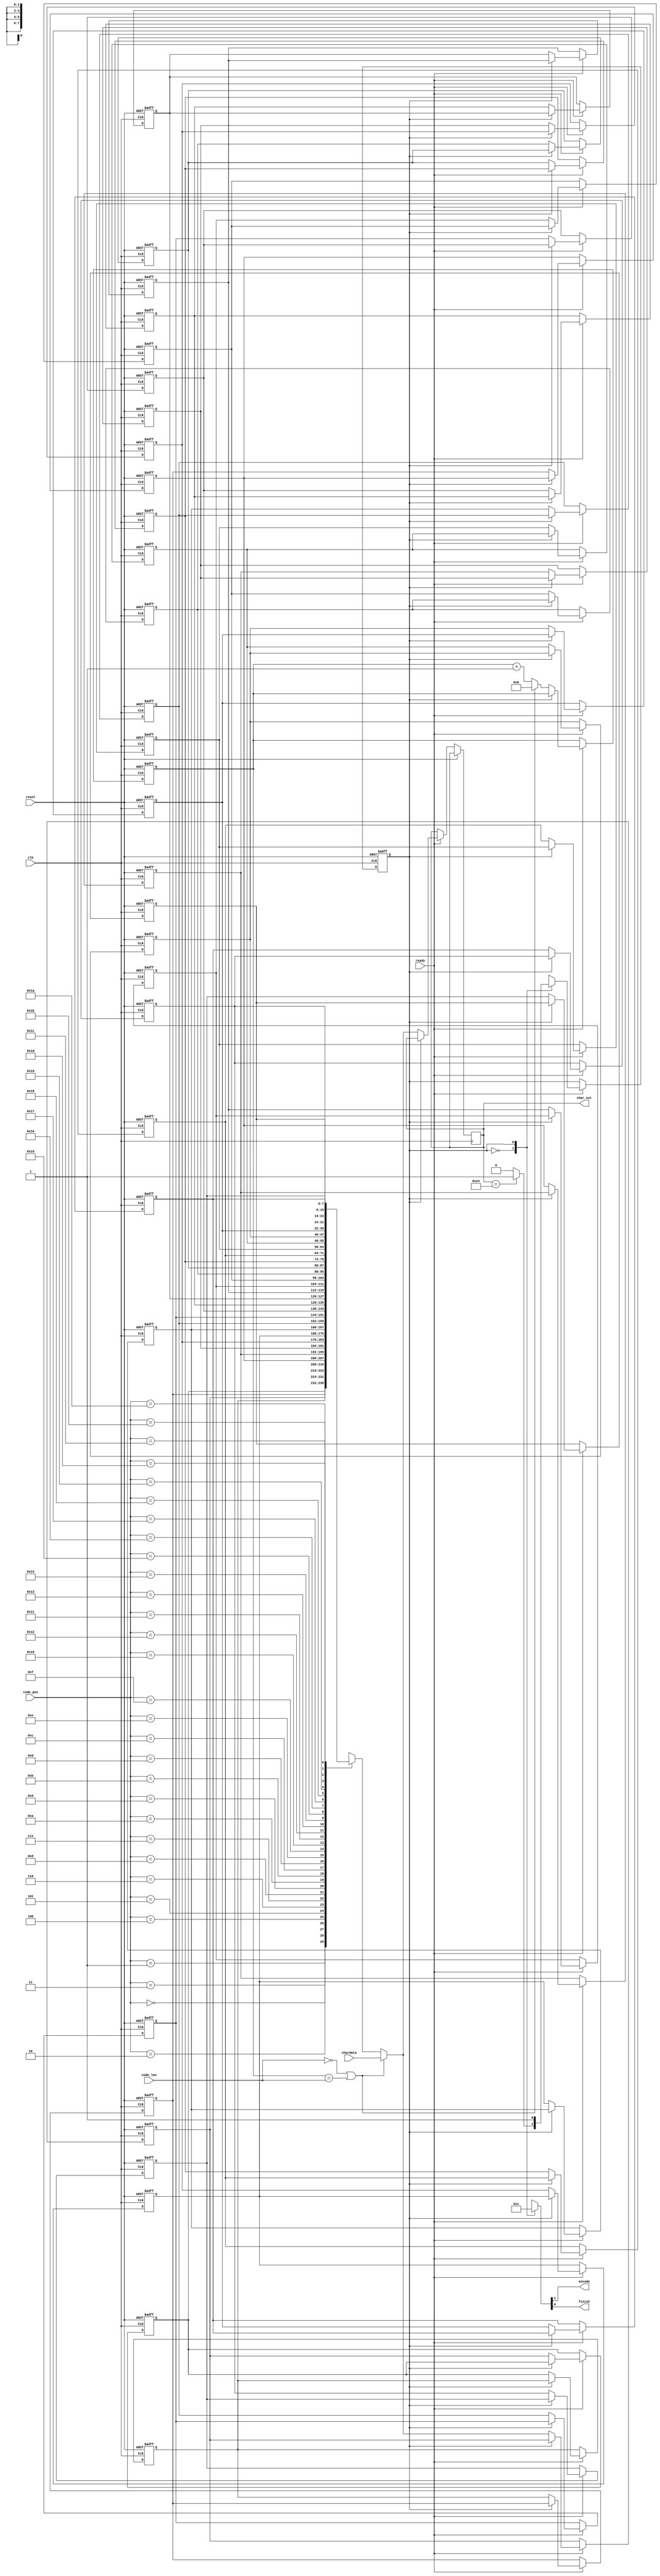
module LZ77_Decoder(clk,reset,ready,code_pos,code_len,chardata,encode,finish,char_nxt);

input 				clk;
input 				reset;
input				ready;
input 		[4:0] 	code_pos;
input 		[4:0] 	code_len;
input 		[7:0] 	chardata;
output  	reg		encode;
output  	reg		finish;
output 	 reg [7:0] 	char_nxt;


	/*-------------------------------------/
	/		Write your code here~		   /
	/-------------------------------------*/
reg [7:0] data [29:0];
reg [4:0] count;
integer i;
reg  cstat,nstat;
parameter a0=0, a1=1;
always @ (posedge clk or posedge reset)begin
    if(reset)begin  
      for(i=0;i<32;i=i+1)
      begin
          data[i]<=0;
      end
      count<=0;
      cstat<=a0;
      //finish <=0;
    end
    else if(ready==1)begin
      cstat <= nstat;
         if(cstat==a0)begin
          data[1]<=data[0];
          data[2]<=data[1];
          data[3]<=data[2];
          data[4]<=data[3];
          data[5]<=data[4];
          data[6]<=data[5];
          data[7]<=data[6];
          data[8]<=data[7];
          data[9]<=data[8];
          data[10]<=data[9];          
          data[11]<=data[10];
          data[12]<=data[11];
          data[13]<=data[12];
          data[14]<=data[13];
          data[15]<=data[14];
          data[16]<=data[15];
          data[17]<=data[16];
          data[18]<=data[17];
          data[19]<=data[18];
          data[20]<=data[19];
          data[21]<=data[20];
          data[22]<=data[21];
          data[23]<=data[22];
          data[24]<=data[23];
          data[25]<=data[24];
          data[26]<=data[25];
          data[27]<=data[26];
          data[28]<=data[27];
          data[29]<=data[28]; 
          if(code_len==0 || count==code_len)begin
              char_nxt<=chardata;
              data[0]<=chardata;
              count<=0;
          end
          else begin
           char_nxt<=data[code_pos];
           data[0]<=data[code_pos];
           count<=count+1;
          end
         end         
     end      
end
always @(*)begin
  case(cstat)  
    a0:begin
      if(char_nxt == 8'h24)begin
       nstat=a1;
      end
      else 
      nstat=a0;
    end
    a1:begin
      nstat=a1;
    end
  endcase
end
always @(*)begin
  case(cstat)  
    a0:begin
     {encode,finish}=2'b00;
   end
    a1:begin
      {encode,finish}=2'b01;
      end
      endcase
end
endmodule